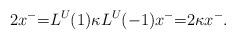
LaTeX: \begin{align*}2x^{-}{=}L^{U}(1)\kappa L^{U}(-1)x^{-}{=}2\kappa x^{-}.\end{align*}